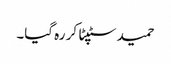
حمید سٹپٹا کر رہ گیا۔